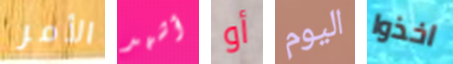
الأمر أشهد أو اليوم اخذوا